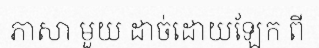
ភាសា មួយ ដាច់ដោយឡែក ពី